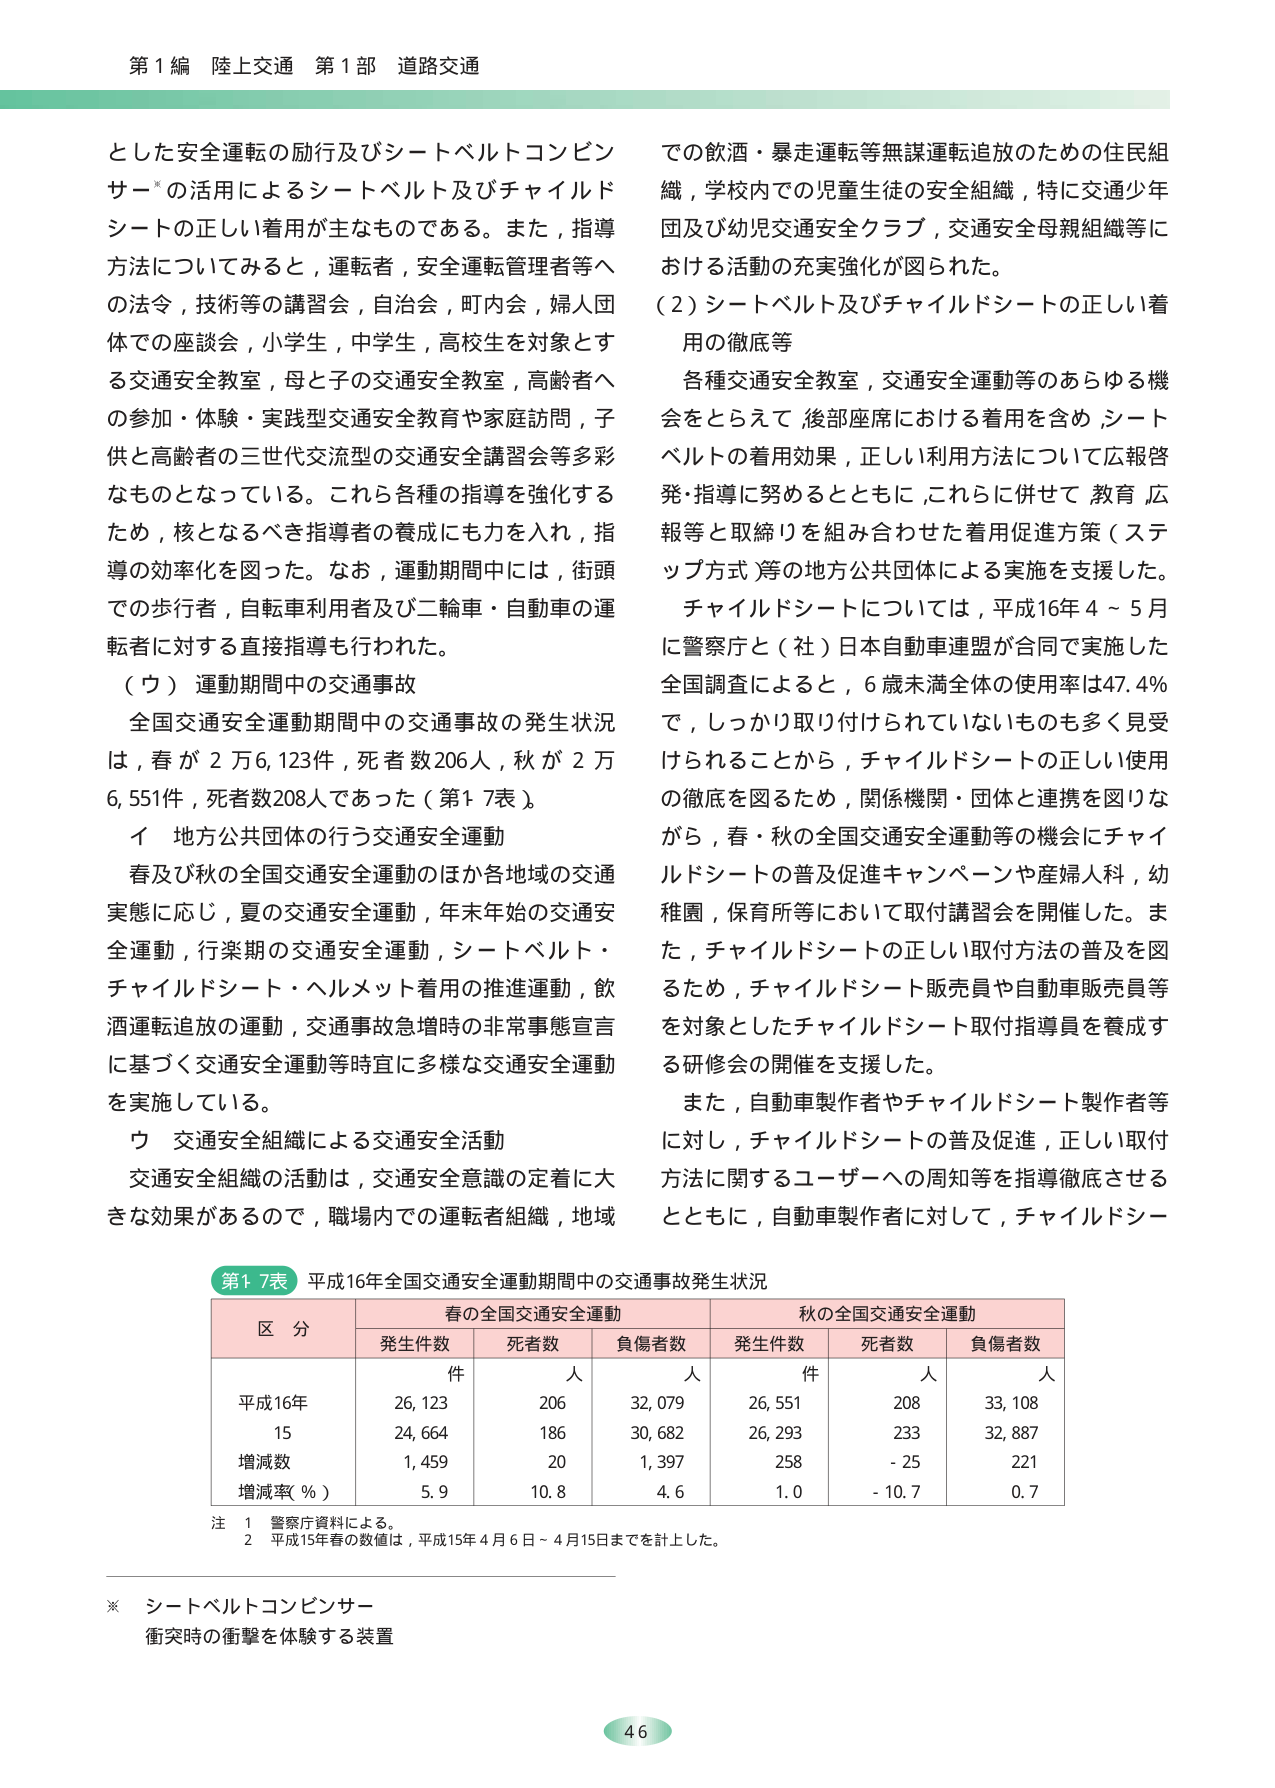
第1編 陸上交通 第1部 道路交通

とした安全運転の励行及びシートベルトコンビンサー*の活用によるシートベルト及びチャイルドシートの正しい着用が主なものである。また，指導方法についてみると，運転者，安全運転管理者等への法令，技術等の講習会，自治会，町内会，婦人団体での座談会，小学生，中学生，高校生を対象とする交通安全教室，母と子の交通安全教室，高齢者への参加・体験・実践型交通安全教育や家庭訪問，子供と高齢者の三世代交流型の交通安全講習会等多彩なものとなっている。これら各種の指導を強化するため，核となるべき指導者の養成にも力を入れ，指導の効率化を図った。なお，運動期間中には，街頭での歩行者，自転車利用者及び二輪車・自動車の運転者に対する直接指導も行われた。

（ウ）運動期間中の交通事故
全国交通安全運動期間中の交通事故の発生状況は，春が2万6,123件，死者数206人，秋が2万6,551件，死者数208人であった（第17表）。

イ 地方公共団体の行う交通安全運動
春及び秋の全国交通安全運動のほか各地域の交通実態に応じ，夏の交通安全運動，年末年始の交通安全運動，行楽期の交通安全運動，シートベルト・チャイルドシート・ヘルメット着用の推進運動，飲酒運転追放の運動，交通事故急増時の非常事態宣言に基づく交通安全運動等時宜に多様な交通安全運動を実施している。

ウ 交通安全組織による交通安全活動
交通安全組織の活動は，交通安全意識の定着に大きな効果があるので，職場内での運転者組織，地域での飲酒・暴走運転等無謀運転追放のための住民組織，学校内での児童生徒の安全組織，特に交通少年団及び幼児交通安全クラブ，交通安全母親組織等における活動の充実強化が図られた。

（2）シートベルト及びチャイルドシートの正しい着用の徹底等
各種交通安全教室，交通安全運動等のあらゆる機会をとらえて，後部座席における着用を含め，シートベルトの着用効果，正しい利用方法について広報啓発・指導に努めるとともに，これらに併せて，教育・広報等と取組りを組み合わせた着用促進方策（ステップ方式）等の地方公共団体による実施を支援した。
チャイルドシートについては，平成16年4～5月に警察庁と（社）日本自動車連盟が合同で実施した全国調査によると，6歳未満全体の使用率は47.4％で，しっかり取り付けられていないものも多く見受けられることから，チャイルドシートの正しい使用の徹底を図るため，関係機関・団体と連携を図りながら，春・秋の全国交通安全運動等の機会にチャイルドシートの普及促進キャンペーンや産婦人科，幼稚園，保育所等において取付講習会を開催した。また，チャイルドシートの正しい取付方法の普及を図るため，チャイルドシート販売員や自動車販売員等を対象としたチャイルドシート取付指導員を養成する研修会の開催を支援した。
また，自動車製作者やチャイルドシート製作者等に対し，チャイルドシートの普及促進，正しい取付方法に関するユーザーへの周知等を指導徹底させるとともに，自動車製作者に対して，チャイルドシー

第17表 平成16年全国交通安全運動期間中の交通事故発生状況

| 区分 | 春の全国交通安全運動 | | | 秋の全国交通安全運動 | | |
|---|---|---|---|---|---|---|
| | 発生件数 | 死者数 | 負傷者数 | 発生件数 | 死者数 | 負傷者数 |
| | 件 | 人 | 人 | 件 | 人 | 人 |
| 平成16年 | 26,123 | 206 | 32,079 | 26,551 | 208 | 33,108 |
| 15 | 24,664 | 186 | 30,682 | 26,293 | 233 | 32,887 |
| 増減数 | 1,459 | 20 | 1,397 | 258 | -25 | 221 |
| 増減率（％） | 5.9 | 10.8 | 4.6 | 1.0 | -10.7 | 0.7 |

注 1 警察庁資料による。
2 平成15年春の数値は，平成15年4月6日～4月15日までを計上した。

※ シートベルトコンビンサー
衝突時の衝撃を体験する装置

46